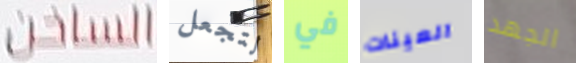
الساخن لتجعل في العينات الجهد